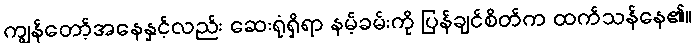
ကျွန်တော့်အနေနှင့်လည်း ဆေးရုံရှိရာ နမ့်ခမ်းကို ပြန်ချင်စိတ်က ထက်သန်နေ၏။